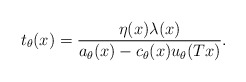
\begin{align*}t_\theta(x)=\frac{\eta(x)\lambda(x)}{a_\theta(x)-c_\theta(x)u_\theta(Tx)}.\end{align*}